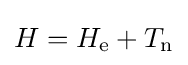
H=H_{\text{e}}+T_{\text{n}}